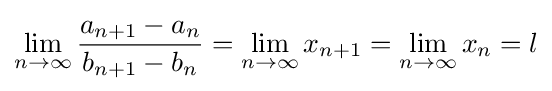
\lim _{n\to \infty }{\frac {a_{n+1}-a_{n}}{b_{n+1}-b_{n}}}=\lim _{n\to \infty }x_{n+1}=\lim _{n\to \infty }x_{n}=l